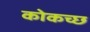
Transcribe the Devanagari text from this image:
कोकच्छ